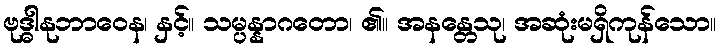
ဗုဒ္ဓါနုဘာဝေန၊ နှင့်။ သမ္ပန္နာဂတော၊ ၏။ အနန္တေသု၊ အဆုံးမရှိကုန်သော။